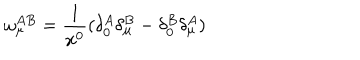
LaTeX: \omega _ { \mu } ^ { A B } = \frac { 1 } { x ^ { 0 } } ( \delta _ { 0 } ^ { A } \delta _ { \mu } ^ { B } - \delta _ { 0 } ^ { B } \delta _ { \mu } ^ { A } )